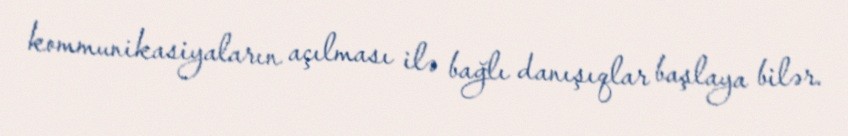
kommunikasiyaların açılması ilə bağlı danışıqlar başlaya bilər.